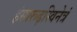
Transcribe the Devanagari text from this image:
हंसारूढ़स्विनेत्रं